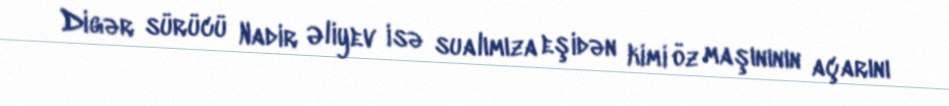
Digər sürücü Nadir Əliyev isə sualımıza eşidən kimi öz maşınının açarını